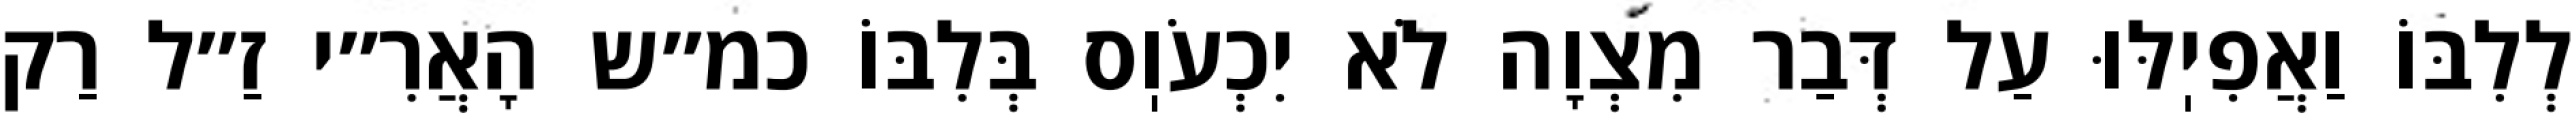
לְלִבּוֹ וַאֲפִיֽלּוּ עַל דְּבַר מִצְוָה לֹא יִכְעֹוֽס בְּלִבּוֹ כמ״ש הָאֲרִ״י זַ״ל רַק